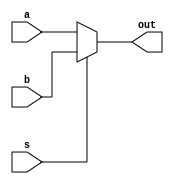
module mux_2to1_32bit(a, b, s, out);
	input [31:0] a, b;
	input s;
	output [31:0] out;
	
	assign out = s ? b : a;
	
endmodule